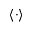
\langle \cdot \rangle